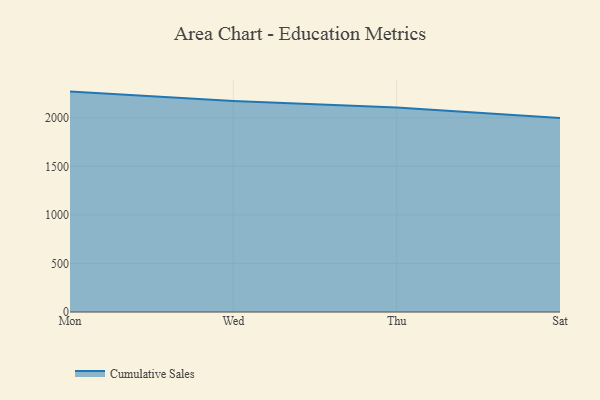
{"axis": {"x": "Day", "y": "Backlog"}, "legend": ["Cumulative Sales"], "data": [{"x": "Mon", "y": 2269.3, "type": "Cumulative Sales"}, {"x": "Wed", "y": 2172.7, "type": "Cumulative Sales"}, {"x": "Thu", "y": 2106.1, "type": "Cumulative Sales"}, {"x": "Sat", "y": 1998.7, "type": "Cumulative Sales"}]}